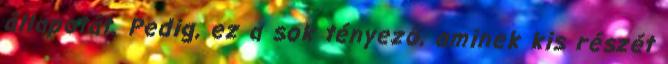
állapotát. Pedig, ez a sok tényező, aminek kis részét